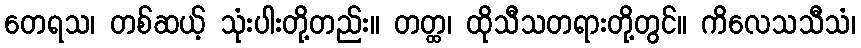
တေရသ၊ တစ်ဆယ့် သုံးပါးတို့တည်း။ တတ္ထ၊ ထိုသီသတရားတို့တွင်။ ကိလေသသီသံ၊